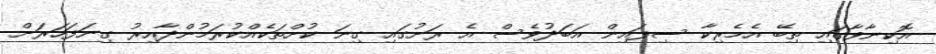
އޮކިނާވާގައި ތިބޭ އެމެރިކާ ސިފައިން އަބަދުވެސް އެ ރަށުގައި ގިނަ ކުށްތަކެއްކުރަމުންދާއިރު ގިނަފަހަރަށް